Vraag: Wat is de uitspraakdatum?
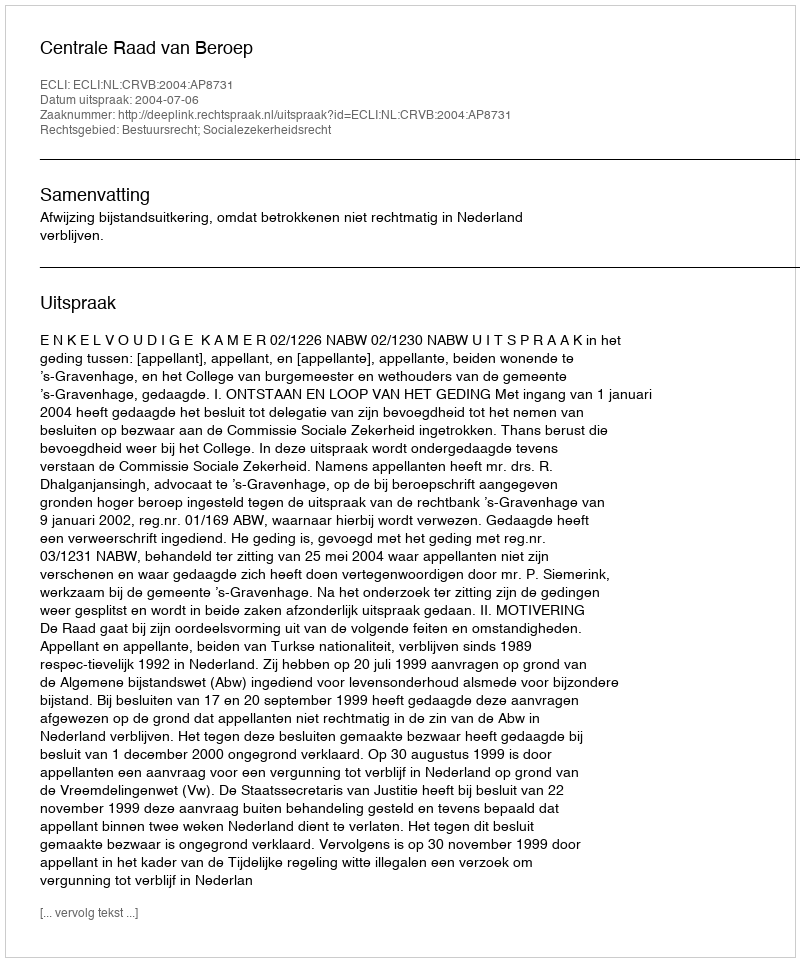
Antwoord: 2004-07-06